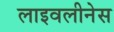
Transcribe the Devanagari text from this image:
लाइवलीनेस